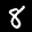
Label: 8